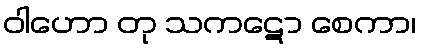
ဝါဟော တု သကဋော စေကာ၊